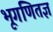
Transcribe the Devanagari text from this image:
भूगणितज्ञ